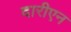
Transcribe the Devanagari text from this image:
दारीएन